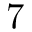
7